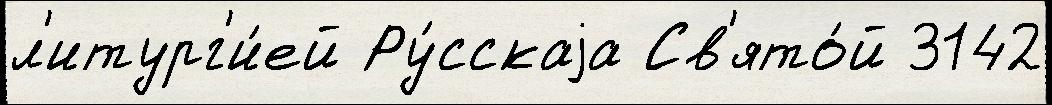
л'итург'и́ей Ру́сскаjа Св'ято́й 3142